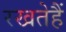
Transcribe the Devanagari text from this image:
रखतेहैं